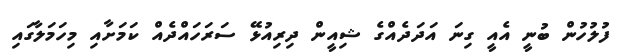
ފުލުހުން ބުނީ އެއީ ގިނަ އަދަދެއްގެ ޝިއީން ދިރިއުޅޭ ސަރަހައްދެއް ކަމަށާއި މިހަމަލާގައި